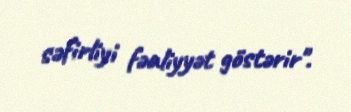
səfirliyi fəaliyyət göstərir".